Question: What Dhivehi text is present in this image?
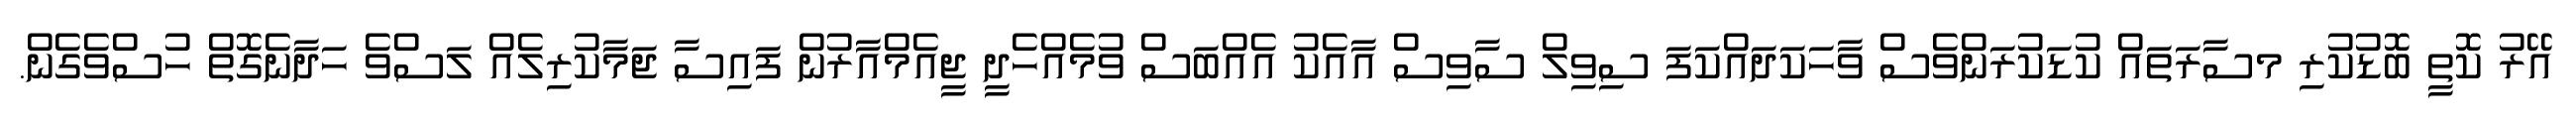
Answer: އޭރު ކޮތީ ބޮޑުކުރި މސާރަތައް ކުޑަކުރަންވެސް ވާހަކަދައްކަފަ ސިވިލް ސާވިސް އާއެކު އެއްބަސް ވުމެއްހެދީ ޖީއެމްއާރުން ފައިސާ ޖަމާކުރިލެއް ލަސްވެ ހަދާނެގޮތް ހުސްވެގެން.